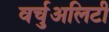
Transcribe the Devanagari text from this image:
वर्चुअलिटी